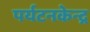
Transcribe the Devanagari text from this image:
पर्यटनकेन्द्र